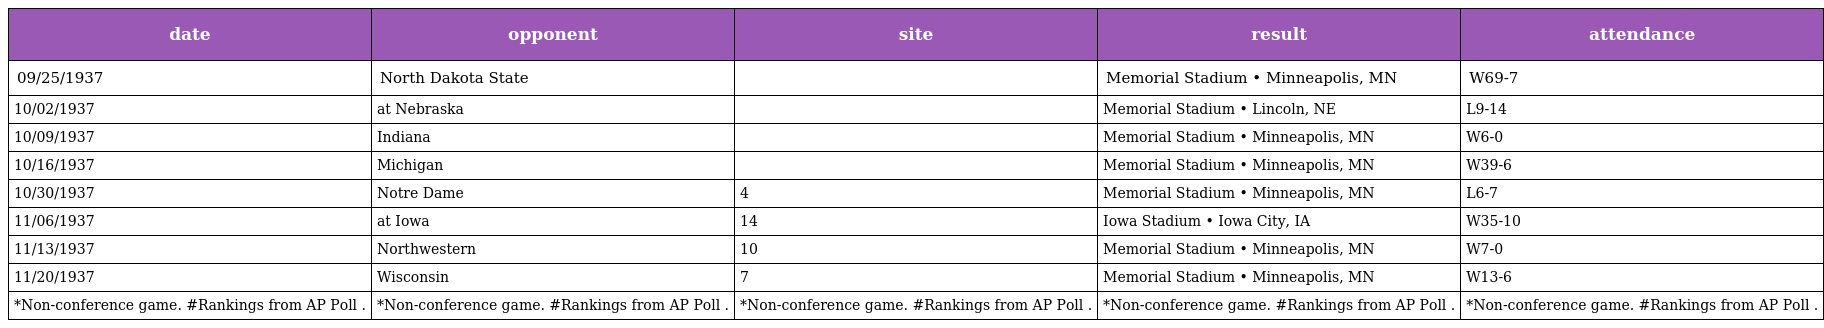
| date | opponent | site | result | attendance |
 | --- | --- | --- | --- | --- |
 | 09/25/1937 | North Dakota State |  | Memorial Stadium • Minneapolis, MN | W69-7 |
 | 10/02/1937 | at Nebraska |  | Memorial Stadium • Lincoln, NE | L9-14 |
 | 10/09/1937 | Indiana |  | Memorial Stadium • Minneapolis, MN | W6-0 |
 | 10/16/1937 | Michigan |  | Memorial Stadium • Minneapolis, MN | W39-6 |
 | 10/30/1937 | Notre Dame | 4 | Memorial Stadium • Minneapolis, MN | L6-7 |
 | 11/06/1937 | at Iowa | 14 | Iowa Stadium • Iowa City, IA | W35-10 |
 | 11/13/1937 | Northwestern | 10 | Memorial Stadium • Minneapolis, MN | W7-0 |
 | 11/20/1937 | Wisconsin | 7 | Memorial Stadium • Minneapolis, MN | W13-6 |
 | *Non-conference game. #Rankings from AP Poll . | *Non-conference game. #Rankings from AP Poll . | *Non-conference game. #Rankings from AP Poll . | *Non-conference game. #Rankings from AP Poll . | *Non-conference game. #Rankings from AP Poll . |